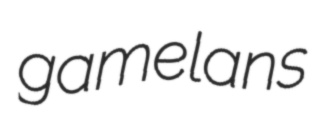
gamelans